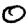
Digit: 0